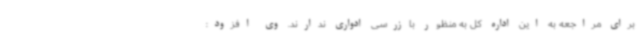
برای مراجعه به این اداره کل به منظور بازرسی ادواری ندارند. وی افزود: